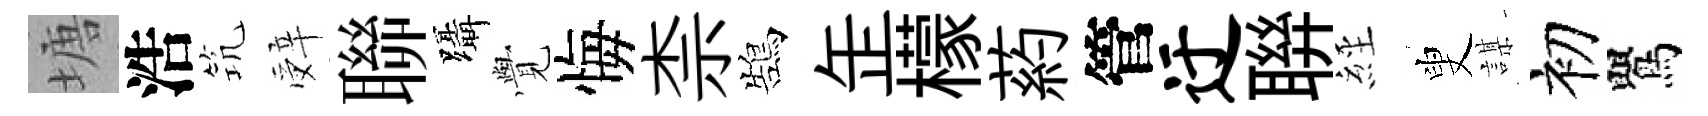
塘浩𥬑辤聯躡𮗜悔柰鵠𦈢檬葯管迂聨𦀇叟謀初鸎